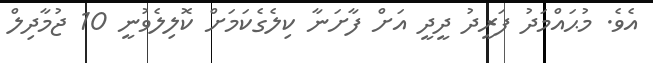
އެވެ. މުޙައްމަދު ފަރީދު ދީދީ އަށް ފާށަނާ ކިލެގެކަމަށް ކޮލިލެވުނީ 10 ޖުމާދިލް